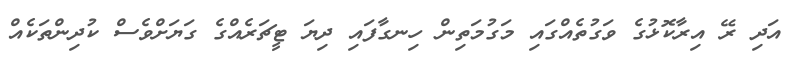
އަދި ރޭ އިރާކޮޅުގެ ވަގުތެއްގައި މަގުމަތިން ހިނގާފައި ދިޔަ ޓީޗަރެއްގެ ގަޔަށްވެސް ކުދިންތަކެއް